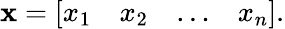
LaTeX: \mathbf{x}={\left[\begin{array}{llll}{x_{1}}&{x_{2}}&{\dots}&{x_{n}}\end{array}\right]}.